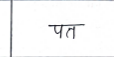
मजकूर: पत